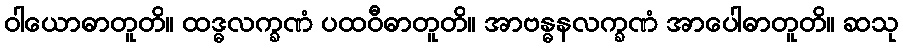
ဝါယောဓာတူတိ။ ထဒ္ဓလက္ခဏံ ပထဝီဓာတူတိ။ အာဗန္ဓနလက္ခဏံ အာပေါဓာတူတိ။ ဆသု